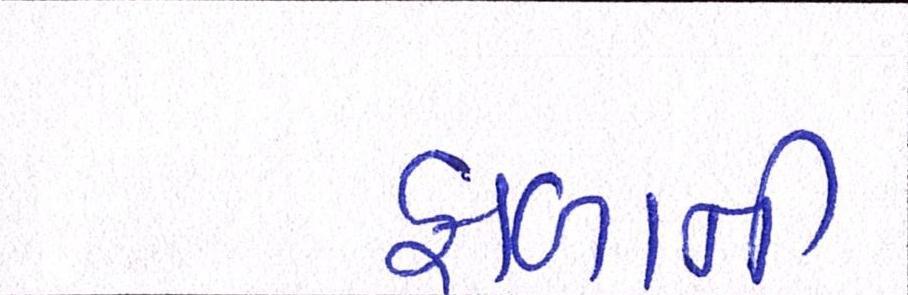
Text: ફાળાની